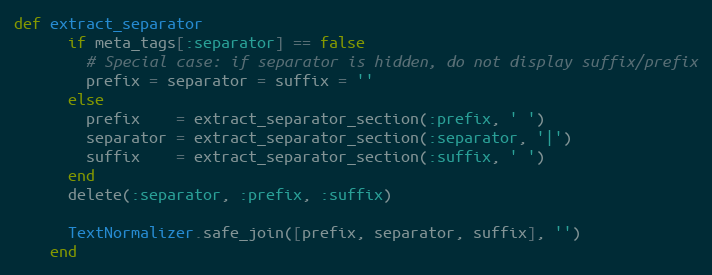
Language: Ruby
def extract_separator
      if meta_tags[:separator] == false
        # Special case: if separator is hidden, do not display suffix/prefix
        prefix = separator = suffix = ''
      else
        prefix    = extract_separator_section(:prefix, ' ')
        separator = extract_separator_section(:separator, '|')
        suffix    = extract_separator_section(:suffix, ' ')
      end
      delete(:separator, :prefix, :suffix)

      TextNormalizer.safe_join([prefix, separator, suffix], '')
    end